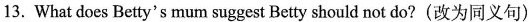
13. What does Betty's mum suggest Betty should not do? (改为同义句)